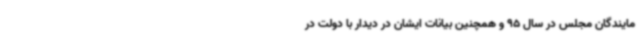
مایندگان مجلس در سال 95 و همچنین بیانات ایشان در دیدار با دولت در